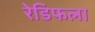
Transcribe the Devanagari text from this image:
रेडिफला